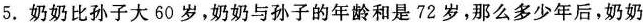
5. 奶奶比孙子大60岁，奶奶与孙子的年龄和是72岁，那么多少年后，奶奶